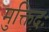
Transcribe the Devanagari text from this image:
मुक्तिदः